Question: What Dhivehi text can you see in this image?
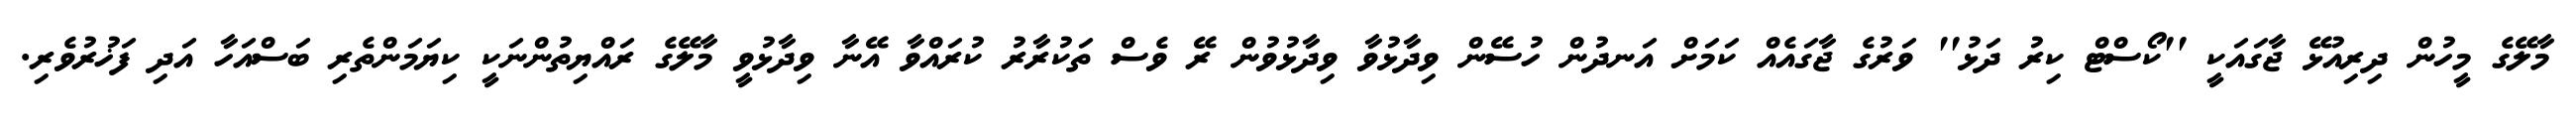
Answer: މާލޭގެ މީހުން ދިރިއުޅޭ ޖާގައަކީ ''ކޯސްޓް ކިރު ދަޅު'' ވަރުގެ ޖާގައެއް ކަމަށް އަނދުން ހުސޭން ވިދާޅުވާ ވިދާޅުވުން ރޭ ވެސް ތަކުރާރު ކުރައްވާ އޭނާ ވިދާޅުވީ މާލޭގެ ރައްޔިތުންނަކީ ކިޔަމަންތެރި ބަސްއަހާ އަދި ފަޚުރުވެރި.